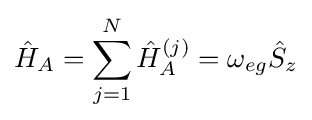
{\hat {H}}_{A}=\sum _{j=1}^{N}{\hat {H}}_{A}^{(j)}=\omega _{eg}{\hat {S}}_{z}